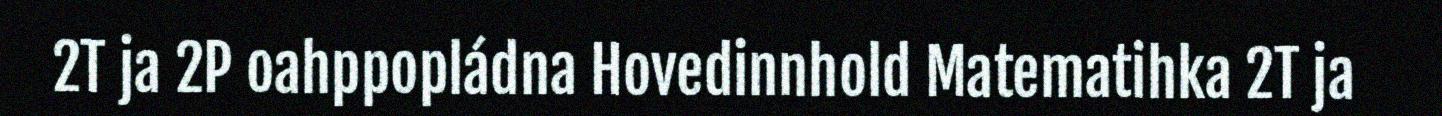
2T ja 2P oahppopládna Hovedinnhold Matematihka 2T ja